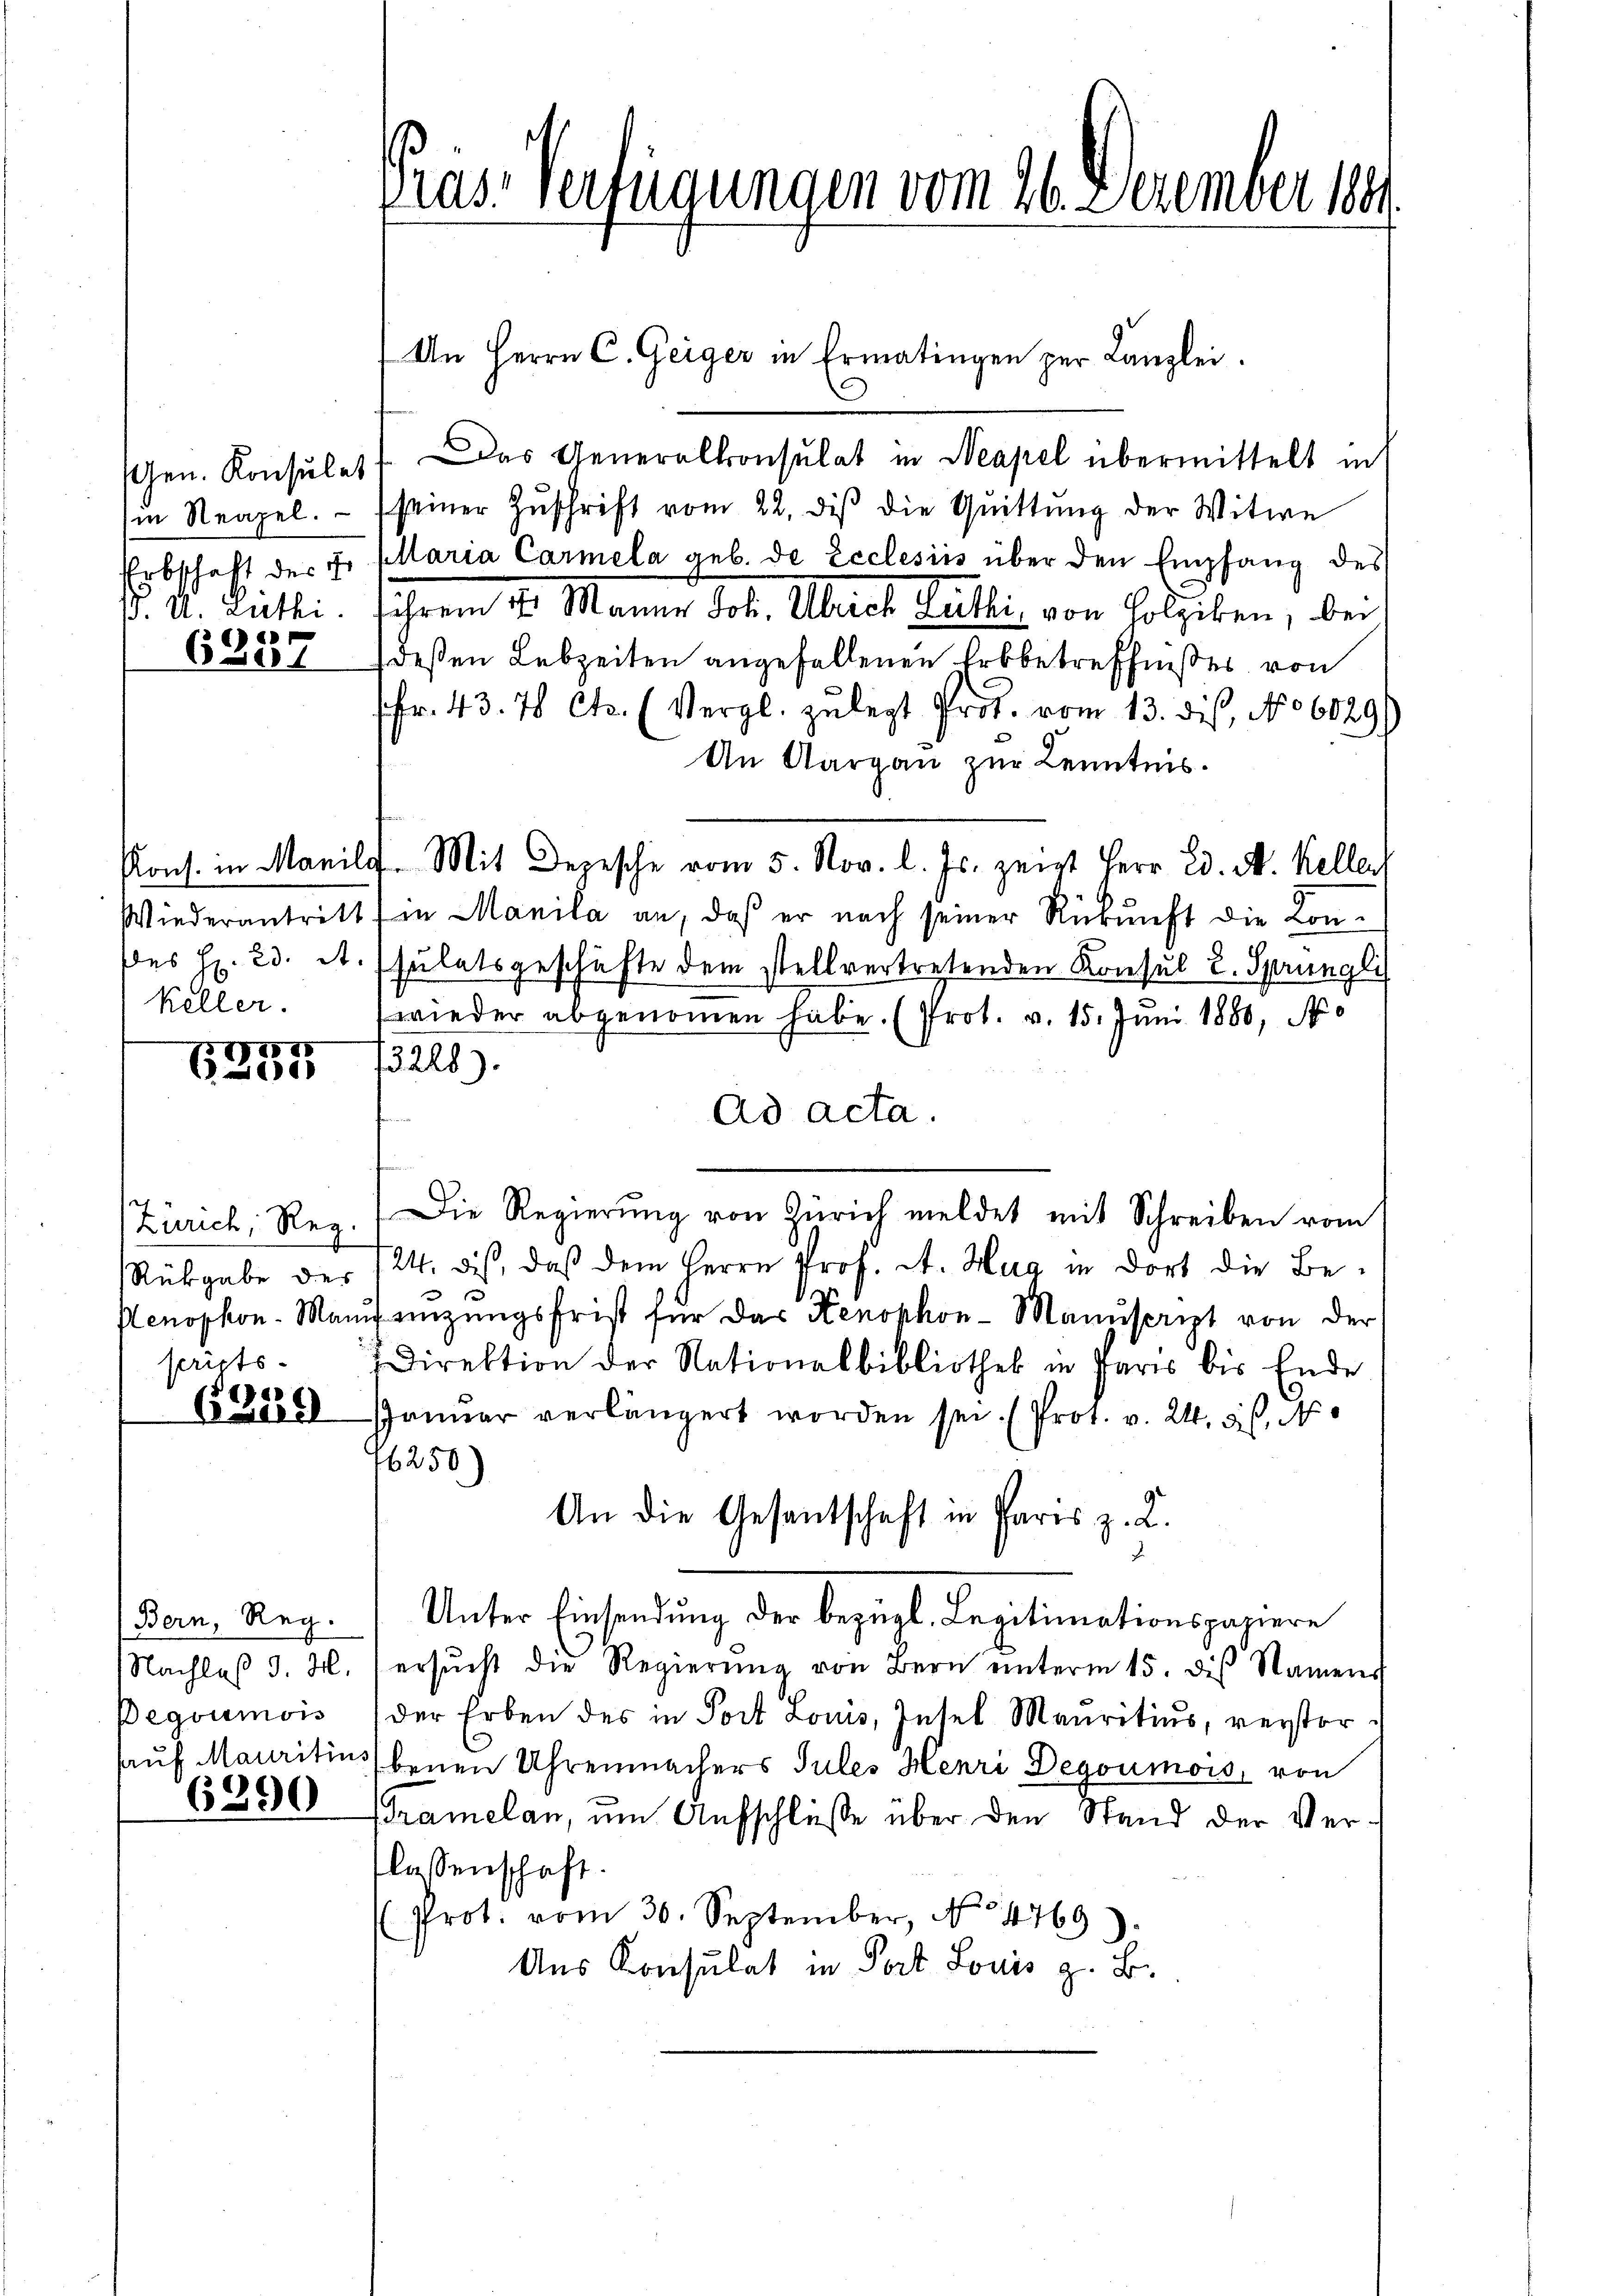
in Neapel.
. U. Luthi

.
6 Ze

keller.

III 45
1

Zürich, Reg.
perits-

8
6 Ziel

Bern, Reg.
Nachlaß d. M.
Degoumois

6390

An Herrn C. Geiger in Ermatingen per Kanzlei.
sGen. Konsŭlet. Das Generalkonsulat in Neapel übermittelt in
seiner Zuschrift vom 22. des die Quittung der Witwe
Erbschaft der Fr. allaria Carmela geb. de Ecclesiis über den Empfang des
ihrem 10. Mannes Joh. Ubres Fulli, von Holziken, der
deßen Lebzeiten angefallenen Erbbetreffnißes von
fr. 43. 70 Cts. (Vergl. zu legt Prof. vom 13. dis, No 6029)
An Aargau zur Kenntnis.
Kons. in Marile. Mit Depesche vom 5. Nov. l. Js. zeigt Herr Ed. M. Keller
Wiederantritt fin Manila an, daß er nach seiner Rükŭnft die Kon-
Des H. 23. At.(sulatsgeschäfte dem stellvertretenden Konsul 2. Sprüngli
wieder abgenommen habe. (Prot. v. 15. Juni 1880, No
13228)
Ad acta.
Die Regierŭng von Zürich meldet mit Schreiben vom
Rükgabe des 124. dis, daβ dem Herrn Prof. A. Hag in dort die Be-
Nenophon-Man einzŭngsfrist für das Kenophon-Manuscript von der
Direktion der Nationalbibliothek in Paris bis Ende
rnŭar verlängert worden sei. (Prot. v. 24. ds., N
6250)
An die Gesantschaft in Paris z. L.
Unter Einsendung der bezügl. Regitimationspaziere
ersŭcht die Regierŭng von Bern ŭnterm 15. des Namens
der Erben des in Post Louis, Insel Mauritius, verstorsauf Mauritius benen Uhrenmachers Sules Henri Degoumois, von
ramelan, um Aufschlüße über den Stand der Vertlassenschaft.
(Prot. vom 30. September, No 4769)
Aus Konsulat in Post Louis z. B.

ras-Verfügungen vom 26. Dezember 1891